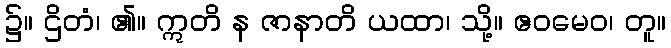
၌။ ဌိတံ၊ ၏။ ဣတိ န ဇာနာတိ ယထာ၊ သို့။ ဧဝမေဝ၊ တူ။